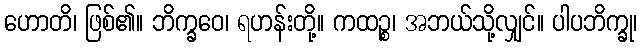
ဟောတိ၊ ဖြစ်၏။ ဘိက္ခဝေ၊ ရဟန်းတို့။ ကထဉ္စ၊ အဘယ်သို့လျှင်။ ပါပဘိက္ခု၊